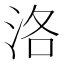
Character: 洛